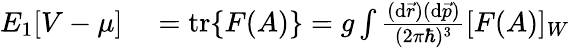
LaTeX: \begin{array}{rl}{E_{1}[V-\mu]}&{{}=\mathrm{tr}\{ F(A)\} =g\int\frac{(\mathrm{d}\vec{r})(\mathrm{d}\vec{p})}{(2\pi\hbar)^{3}}[F(A)]_{W}}\end{array}